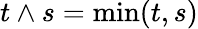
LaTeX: t\wedge s=\operatorname*{min}(t,s)